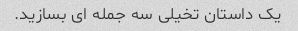
یک داستان تخیلی سه جمله ای بسازید.